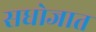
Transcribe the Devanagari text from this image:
सधोजात